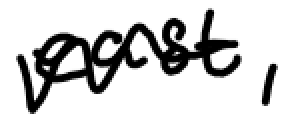
Text: east,
Cross-out: wave
Writing tool: digital_black